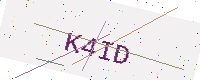
Text: K4ID